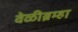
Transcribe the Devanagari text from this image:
वेळीब्रम्हा